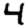
Digit: 4